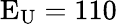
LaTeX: \mathrm{E_{U}=110}